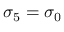
\sigma _ { 5 } = \sigma _ { 0 }